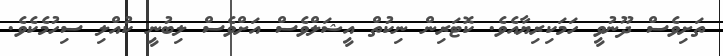
ތަށިވެސް ދޫނުވީ ހަމަކިރިޔާއެވެ. ކޮޓަރިން ނިކުތް އީޝަލްވެސް އަށްވެސް ލިބުނީ ކުއްލި ސިހުމެކެވެ.